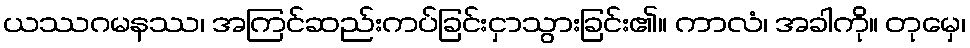
ယဿဂမနဿ၊ အကြင်ဆည်းကပ်ခြင်းငှာသွားခြင်း၏။ ကာလံ၊ အခါကို။ တုမှေ၊